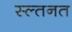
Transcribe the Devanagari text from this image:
स्ल्तनत